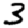
Digit: 3